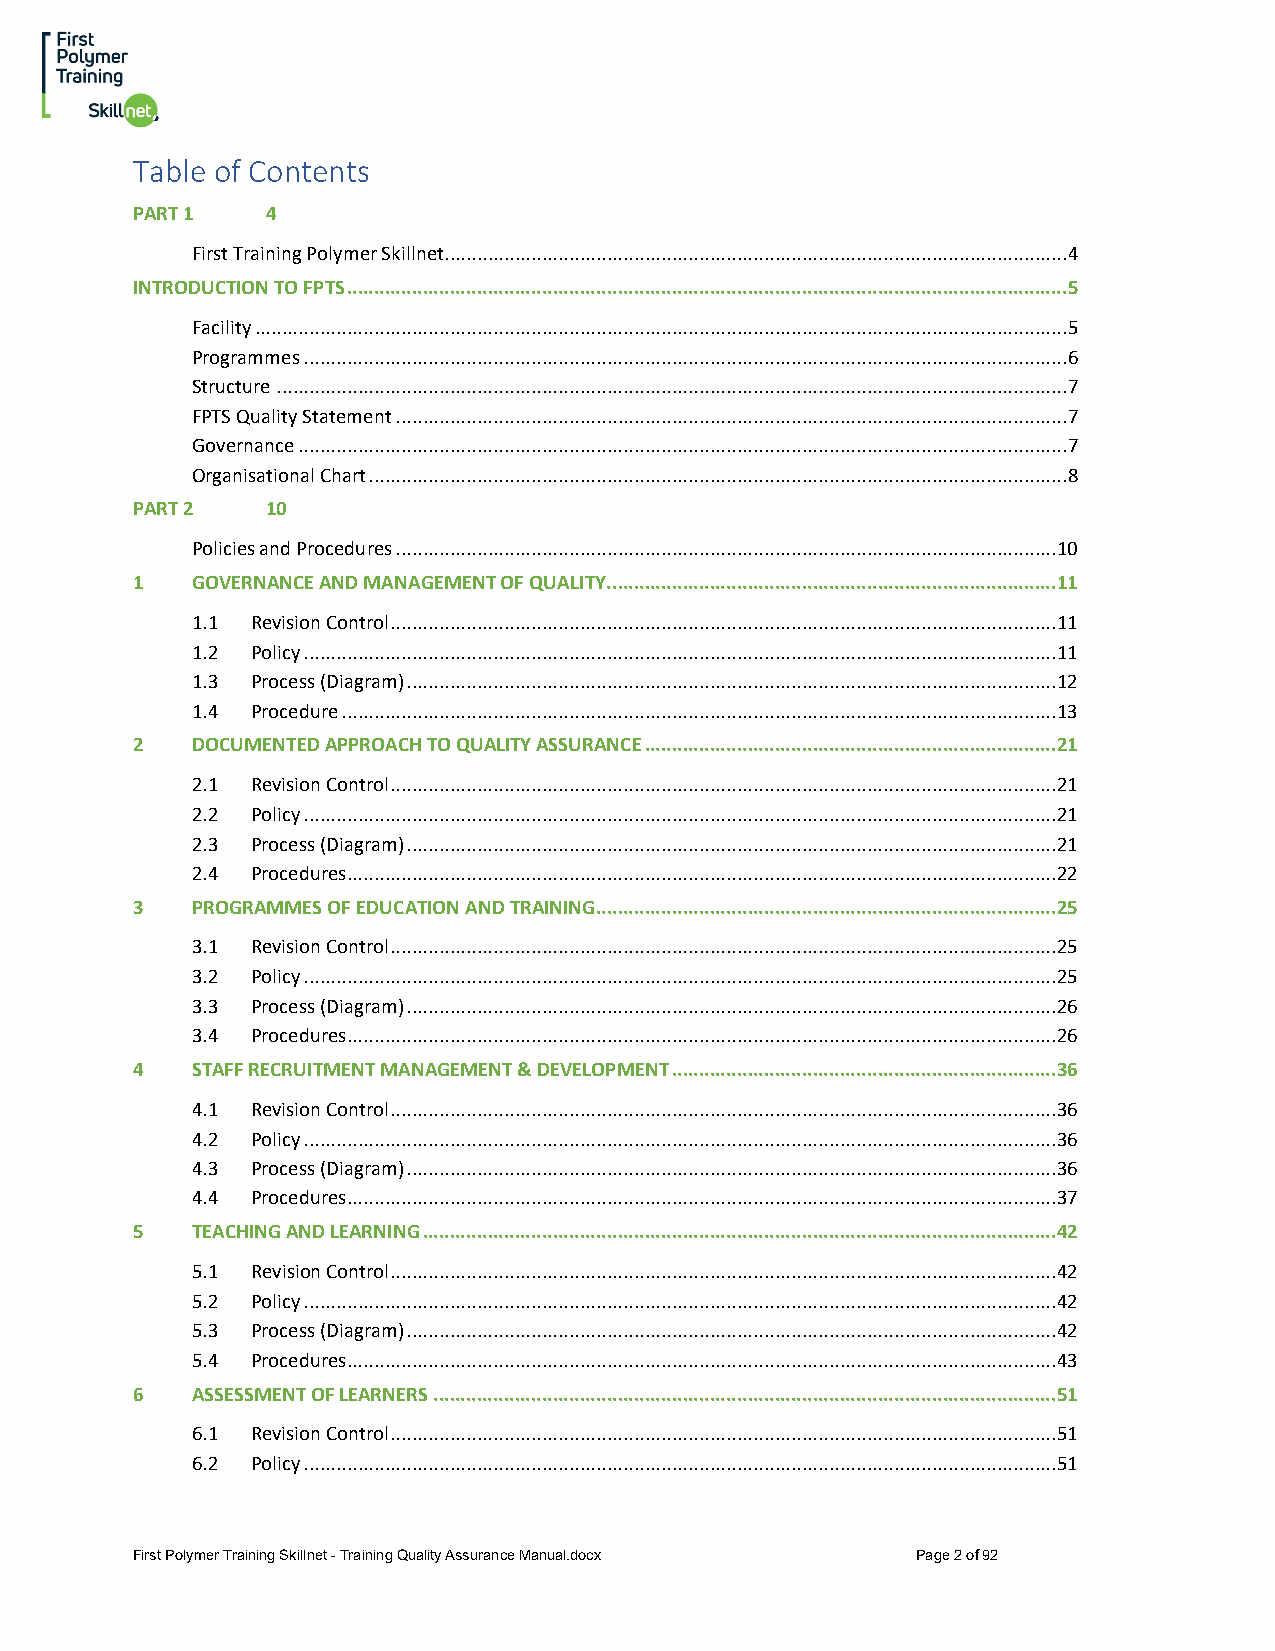
Table of Contents
 PART 1   4
 First Training Polymer Skillnet ................................................................................................................... 4
 INTRODUCTION TO FPTS .....................................................................................................................................5
 Facility ...................................................................................................................................................... 5
 Programmes ............................................................................................................................................. 6
 Structure .................................................................................................................................................. 7
 FPTS Quality Statement ............................................................................................................................ 7
 Governance .............................................................................................................................................. 7
 Organisational Chart ................................................................................................................................. 8
 PART 2   10
 Policies and Procedures .......................................................................................................................... 10
 1   GOVERNANCE AND MANAGEMENT OF QUALITY. ..................................................................................1 1
 1.1 Revision Control ........................................................................................................................... 11
 1.2 Policy ........................................................................................................................................... 11
 1.3 Process (Diagram) ........................................................................................................................ 12
 1.4 Procedure .................................................................................................................................... 13
 2   DOCUMENTED APPROACH TO QUALITY ASSURANCE ............................................................................2 1
 2.1 Revision Control ........................................................................................................................... 21
 2.2 Policy ........................................................................................................................................... 21
 2.3 Process (Diagram) ........................................................................................................................ 21
 2.4 Procedures................................................................................................................................... 22
 3   PROGRAMMES OF EDUCATION AND TRAINING.....................................................................................2 5
 3.1 Revision Control ........................................................................................................................... 25
 3.2 Policy ........................................................................................................................................... 25
 3.3 Process (Diagram) ........................................................................................................................ 26
 3.4 Procedures................................................................................................................................... 26
 4   STAFF RECRUITMENT MANAGEMENT & DEVELOPMENT .......................................................................3 6
 4.1 Revision Control ........................................................................................................................... 36
 4.2 Policy ........................................................................................................................................... 36
 4.3 Process (Diagram) ........................................................................................................................ 36
 4.4 Procedures................................................................................................................................... 37
 5   TEACHING AND LEARNING .....................................................................................................................4 2
 5.1 Revision Control ........................................................................................................................... 42
 5.2 Policy ........................................................................................................................................... 42
 5.3 Process (Diagram) ........................................................................................................................ 42
 5.4 Procedures................................................................................................................................... 43
 6   ASSESSMENT OF LEARNERS ...................................................................................................................5 1
 6.1 Revision Control ........................................................................................................................... 51
 6.2 Policy ........................................................................................................................................... 51
 First Polymer Training Skillnet - Training Quality Assurance Manual.docx Page 2 of 92